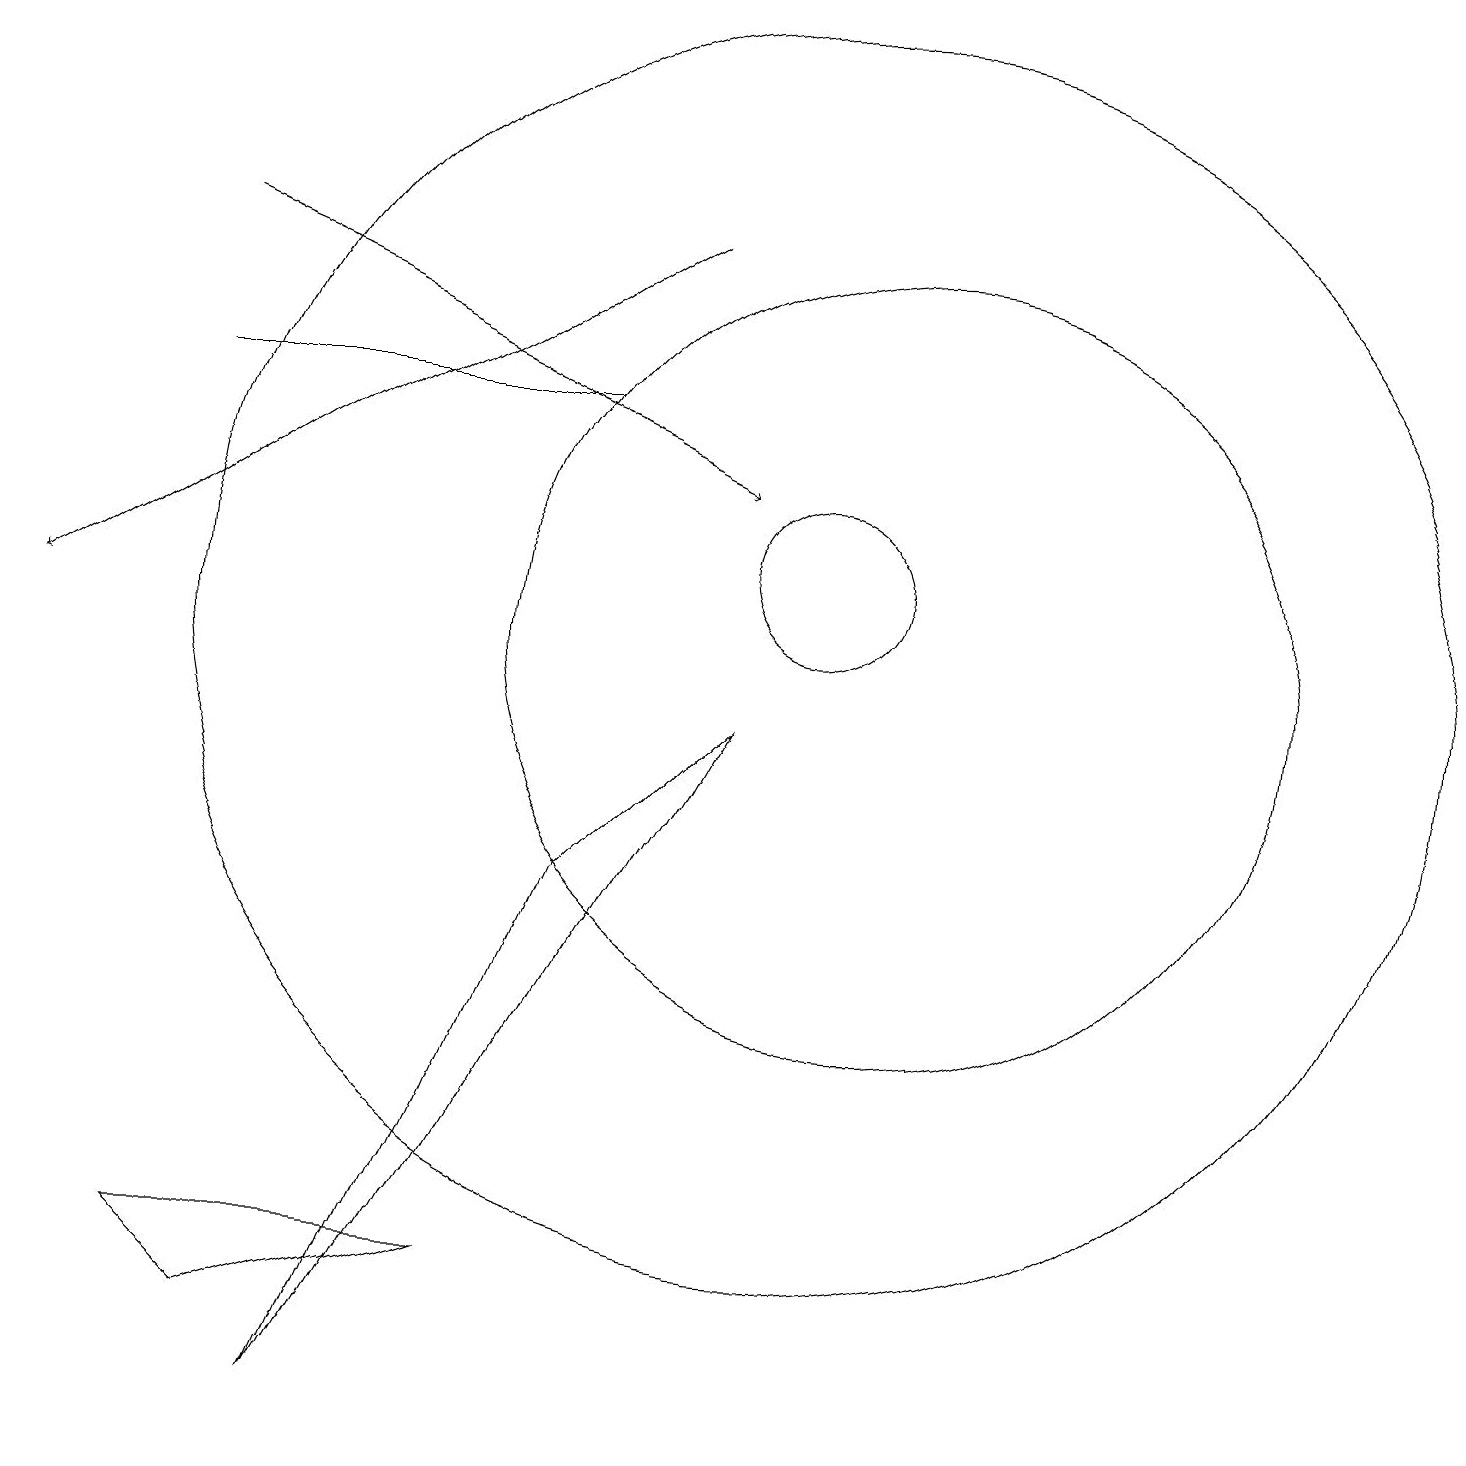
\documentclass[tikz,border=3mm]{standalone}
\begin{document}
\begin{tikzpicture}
\draw (10,11) circle (1);
\draw (10,10) circle (8);
\draw[->] (2,15) -- (9,12);
\draw (11,10) circle (5);
\draw[->] (8,15) -- (0,10);
\draw (6,2) -- (3,1) -- (2,2) -- cycle;
\draw (4,0) -- (7,7) -- (9,9) -- cycle;
\draw (2,13) rectangle (7,13);
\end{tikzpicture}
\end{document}